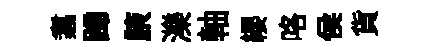
翥蹄腋濼軸纓咯侯貨